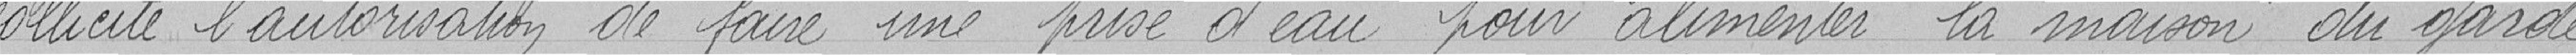
sollicite l'autorisation de faire une prise d'eau pour alimenter la maison du garde